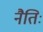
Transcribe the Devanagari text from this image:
नैतिः